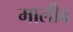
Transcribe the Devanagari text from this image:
मालीव